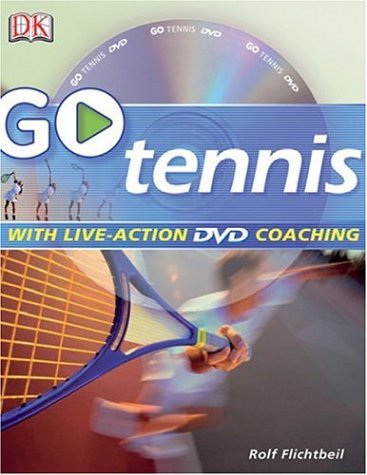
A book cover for GO Series: Go Play Tennis: Read It, Watch It, Do It; Rolf Flichtbeil; Sports & Outdoors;